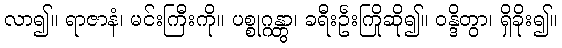
လာ၍။ ရာဇာနံ၊ မင်းကြီးကို။ ပစ္စုဂ္ဂန္တွာ၊ ခရီးဦးကြိုဆို၍။ ဝန္ဒိတွာ၊ ရှိခိုး၍။